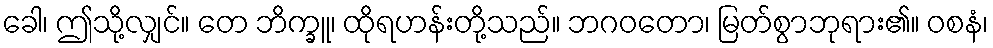
ခေါ၊ ဤသို့လျှင်။ တေ ဘိက္ခူ၊ ထိုရဟန်းတို့သည်။ ဘဂဝတော၊ မြတ်စွာဘုရား၏။ ဝစနံ၊